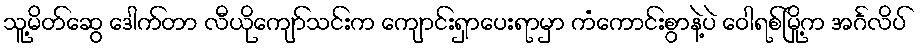
သူ့မိတ်ဆွေ ဒေါက်တာ လီယိုကျော်သင်းက ကျောင်းရှာပေးရာမှာ ကံကောင်းစွာနဲ့ပဲ ဝေါရစ်မြို့က အင်္ဂလိပ်